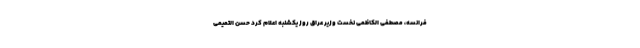
فرانسه، مصطفی الکاظمی نخست وزیر عراق روز یکشنبه اعلام کرد حسن التمیمی